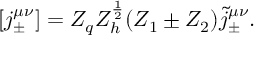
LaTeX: [ j _ { \pm } ^ { \mu \nu } ] = Z _ { q } Z _ { h } ^ { \frac { 1 } { 2 } } ( Z _ { 1 } \pm Z _ { 2 } ) \tilde { j } _ { \pm } ^ { \mu \nu } .